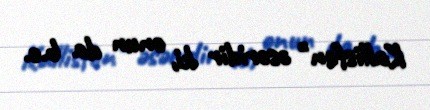
Kallisfen" əsəridir ki, onun da b.e.